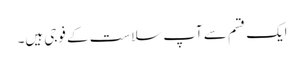
ایک قسم سے آپ سلاست کے فوجی ہیں۔